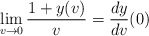
\begin{align*} \lim_{v\rightarrow 0}\frac{1+y(v)}{v}=\frac{dy}{dv}(0)\end{align*}